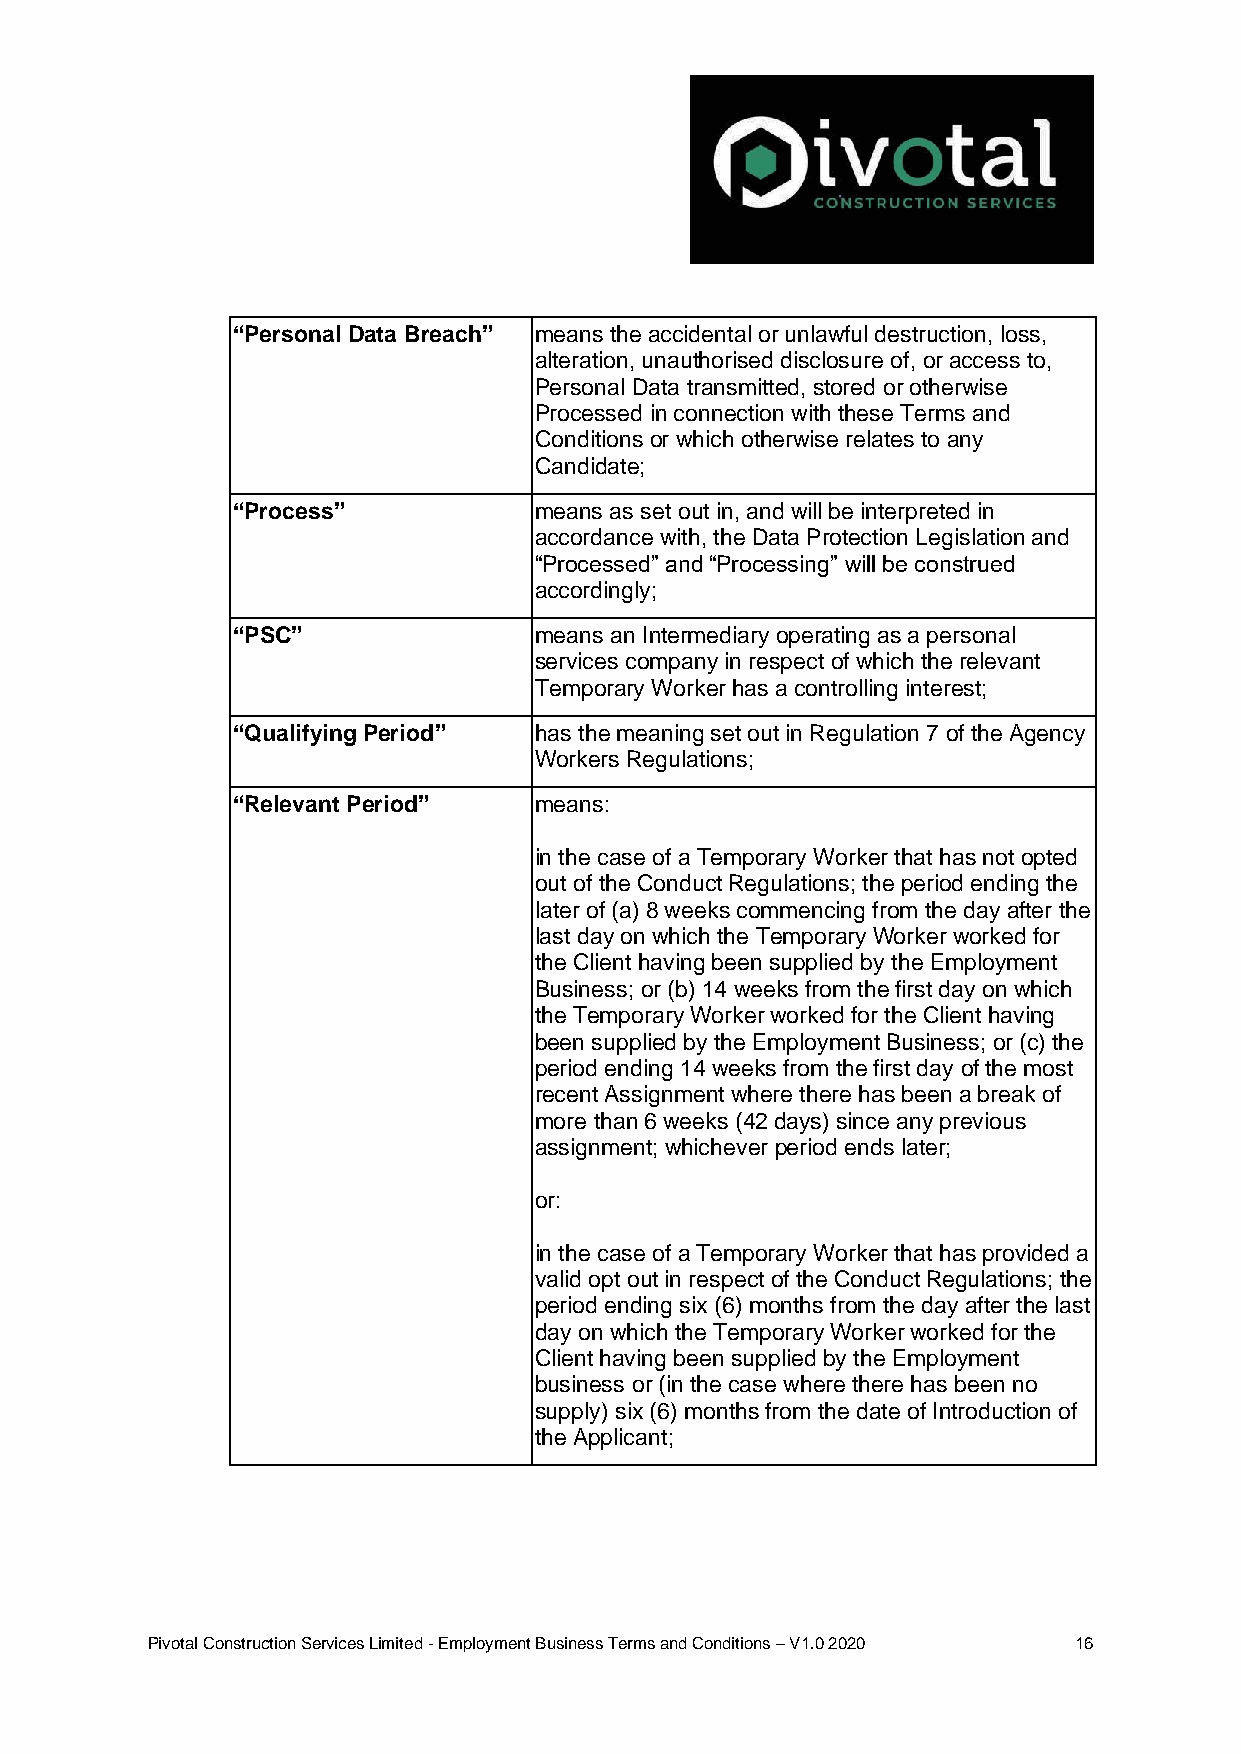
“Personal Data Breach” means the accidental or unlawful destruction, loss,
 alteration, unauthorised disclosure of, or access to,
 Personal Data transmitted, stored or otherwise
 Processed in connection with these Terms and
 Conditions or which otherwise relates to any
 Candidate;
 “Process”           means as set out in, and will be interpreted in
 accordance with, the Data Protection Legislation and
 “Processed” and “Processing” will be construed
 accordingly;
 “PSC”               means an Intermediary operating as a personal
 services company in respect of which the relevant
 Temporary Worker has a controlling interest;
 “Qualifying Period” has the meaning set out in Regulation 7 of the Agency
 Workers Regulations;
 “Relevant Period”   means:
 in the case of a Temporary Worker that has not opted
 out of the Conduct Regulations; the period ending the
 later of (a) 8 weeks commencing from the day after the
 last day on which the Temporary Worker worked for
 the Client having been supplied by the Employment
 Business; or (b) 14 weeks from the first day on which
 the Temporary Worker worked for the Client having
 been supplied by the Employment Business; or (c) the
 period ending 14 weeks from the first day of the most
 recent Assignment where there has been a break of
 more than 6 weeks (42 days) since any previous
 assignment; whichever period ends later;
 or:
 in the case of a Temporary Worker that has provided a
 valid opt out in respect of the Conduct Regulations; the
 period ending six (6) months from the day after the last
 day on which the Temporary Worker worked for the
 Client having been supplied by the Employment
 business or (in the case where there has been no
 supply) six (6) months from the date of Introduction of
 the Applicant;
 Pivotal Construction Services Limited - Employment Business Terms and Conditions – V1.0 2020 16